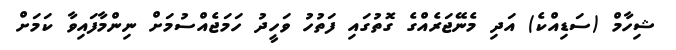
ޝިހާމް (ސަޑިއްކެ) އަދި މެނޭޖަރެއްގެ ގޮތުގައި ފަތުހު ވަހީދު ހަމަޖެއްސުމަށް ނިންމާފައިވާ ކަމަށް